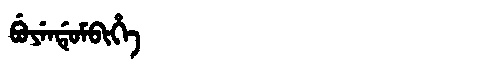
Manchu: ᠪᡠᠶᡝᠨᡩᡠᠮᠪᡳᡥᡝ
Romanization: BUYENDUMBIHE